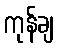
ကုန်ချ